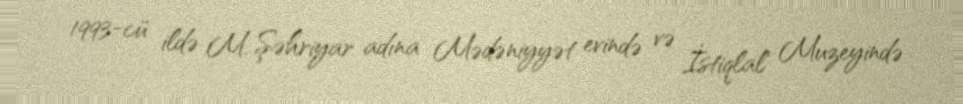
1993-cü ildə M. Şəhriyar adına Mədəniyyət evində və İstiqlal Muzeyində